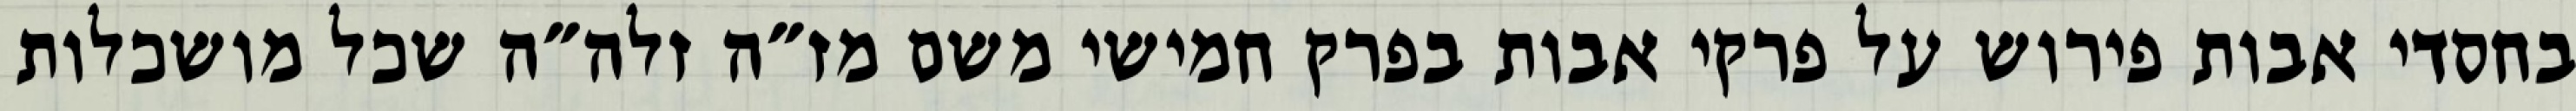
בחסדי אבות פירוש על פרקי אבות בפרק חמישי משם מז״ה זלה״ה שכל מושכלות